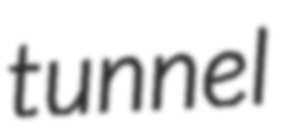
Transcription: tunnel